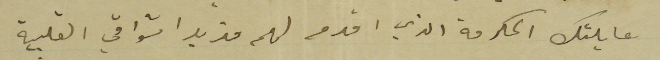
عايلتك المكرمة الذي اقدم لهم مزيد اشواقي القلبية